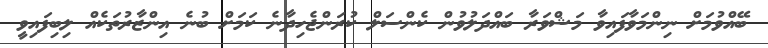
ބޭއްވުމަށް ނިންމަވާފައިވާ މަޝްވަރާ ބައްދަލުވުން ކެންސަލް ކުރަންޖެހިދާނެ ކަމަށް ބުނެ އިންޒާރުތަކެއް ލިބިފައިވީ